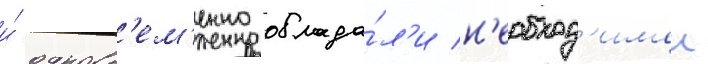
и́ одновр'ем'енно облада́л'и н'еобход'имои